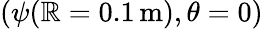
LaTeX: (\psi(\mathbb{R}=0.1\, \mathrm{{m}}),\theta=0)